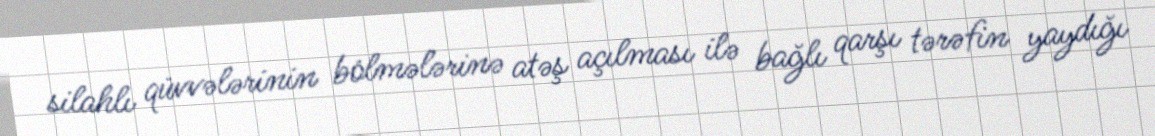
silahlı qüvvələrinin bölmələrinə atəş açılması ilə bağlı qarşı tərəfin yaydığı